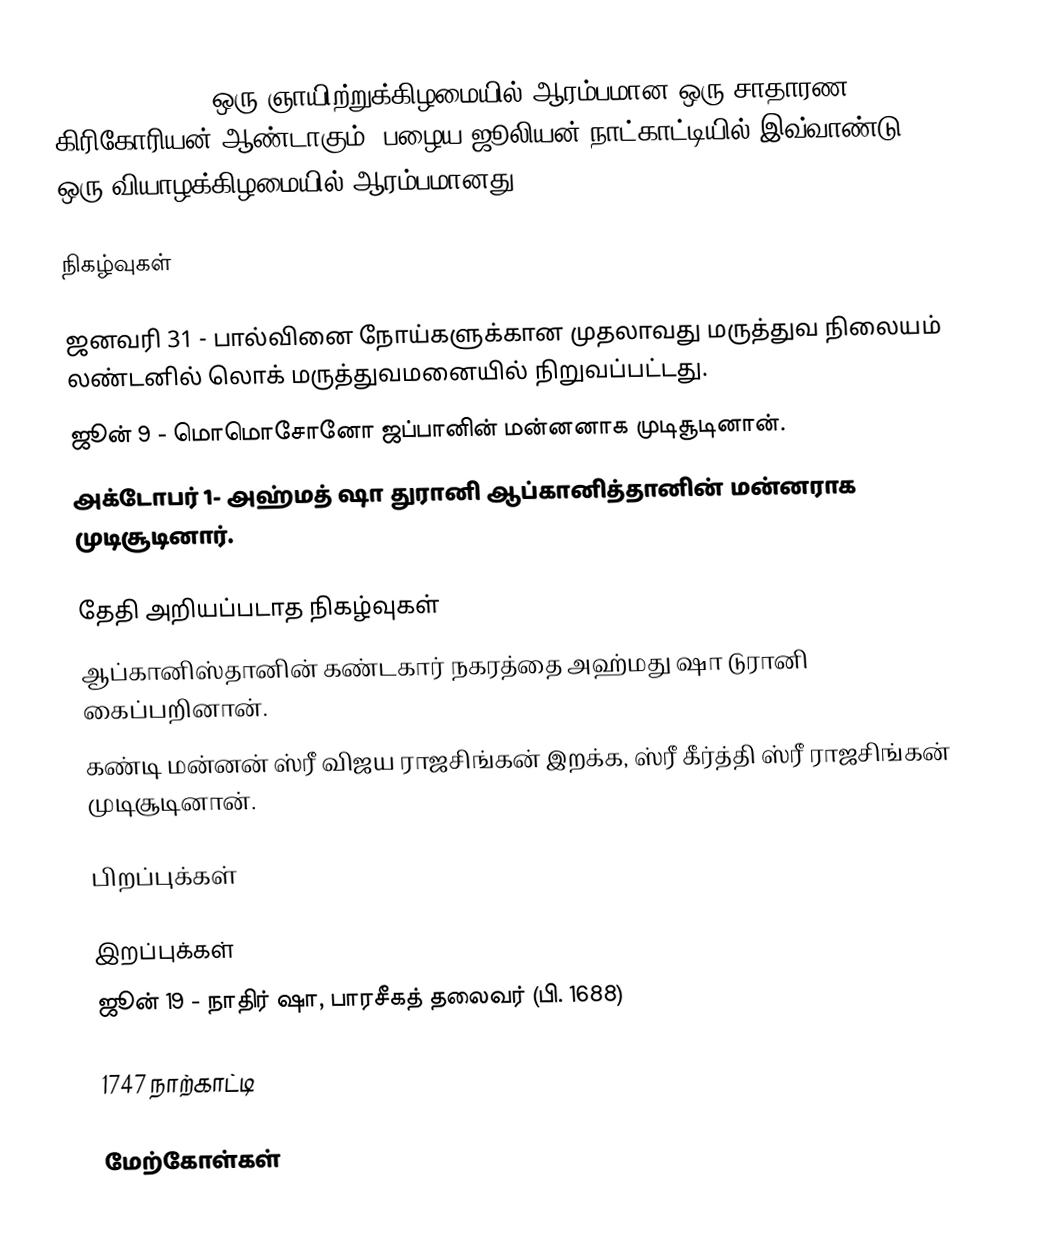
1747  (MDCCLVII) ஒரு ஞாயிற்றுக்கிழமையில் ஆரம்பமான ஒரு சாதாரண கிரிகோரியன் ஆண்டாகும். பழைய ஜூலியன் நாட்காட்டியில் இவ்வாண்டு ஒரு வியாழக்கிழமையில் ஆரம்பமானது.

நிகழ்வுகள்

 ஜனவரி 31 - பால்வினை நோய்களுக்கான முதலாவது மருத்துவ நிலையம் லண்டனில் லொக் மருத்துவமனையில் நிறுவப்பட்டது.
 ஜூன் 9 - மொமொசோனோ ஜப்பானின் மன்னனாக முடிசூடினான்.
 அக்டோபர் 1- அஹ்மத் ஷா துரானி ஆப்கானித்தானின் மன்னராக முடிசூடினார்.

தேதி அறியப்படாத நிகழ்வுகள்
 ஆப்கானிஸ்தானின் கண்டகார் நகரத்தை அஹ்மது ஷா டுரானி கைப்பறினான்.
 கண்டி மன்னன் ஸ்ரீ விஜய ராஜசிங்கன் இறக்க, ஸ்ரீ கீர்த்தி ஸ்ரீ ராஜசிங்கன் முடிசூடினான்.

பிறப்புக்கள்

இறப்புக்கள்
 ஜூன் 19 - நாதிர் ஷா, பாரசீகத் தலைவர் (பி. 1688)

1747 நாற்காட்டி

மேற்கோள்கள்